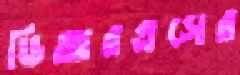
ডিআরএসের